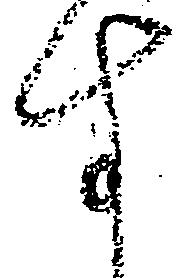
す